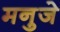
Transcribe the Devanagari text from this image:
मनुजे